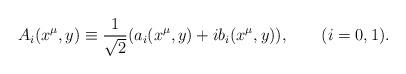
LaTeX: \begin{align*}A_{i}(x^{\mu},y) \equiv\frac{1}{\sqrt{2}}(a_{i}(x^{\mu},y) + i b_{i}(x^{\mu},y)),\qquad (i=0,1).\end{align*}